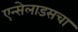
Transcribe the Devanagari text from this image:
एन्सेलाडसचा